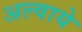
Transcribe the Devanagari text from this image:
अल्वाये